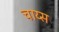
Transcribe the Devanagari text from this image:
चाय्स